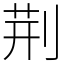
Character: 荆